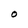
Character: O